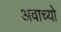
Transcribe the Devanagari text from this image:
अवाच्यो